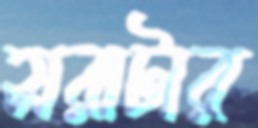
সরাটার